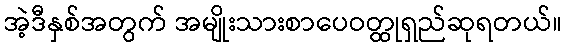
အဲ့ဒီနှစ်အတွက် အမျိုးသားစာပေဝတ္ထုရှည်ဆုရတယ်။